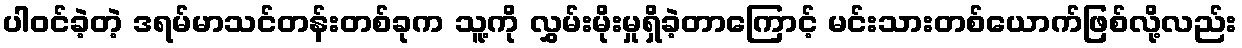
ပါဝင်ခဲ့တဲ့ ဒရမ်မာသင်တန်းတစ်ခုက သူ့ကို လွှမ်းမိုးမှုရှိခဲ့တာကြောင့် မင်းသားတစ်ယောက်ဖြစ်လို့လည်း